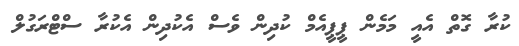
ކުރާ ގޮތް އެއީ މަމެން ޕީޕީއެމް ކުދިން ވެސް އެކުދިން އެކުރާ ސްޓްރަގުލް